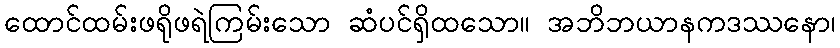
ထောင်ထမ်းဖရိုဖရဲကြမ်းသော ဆံပင်ရှိထသော။ အဘိဘယာနကဒဿနော၊